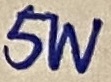
Text: 5W